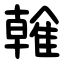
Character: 雗